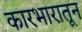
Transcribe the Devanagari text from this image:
कारभारातून